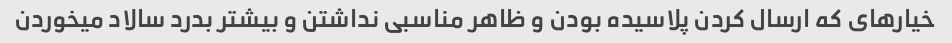
خیارهای که ارسال کردن پلاسیده بودن و ظاهر مناسبی نداشتن و بیشتر بدرد سالاد میخوردن